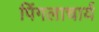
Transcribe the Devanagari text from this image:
पिंगलाचार्य